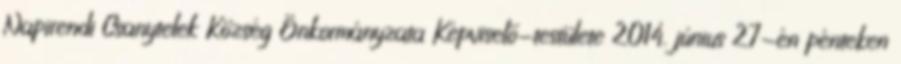
Napirendi Csanytelek Község Önkormányzata Képviselő-testülete 2014. június 27-én pénteken